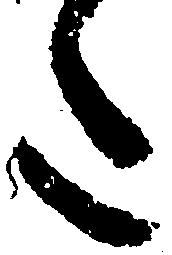
た